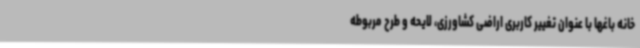
خانه باغها با عنوان تغییر کاربری اراضی کشاورزی، لایحه و طرح مربوطه